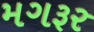
મગરૂર